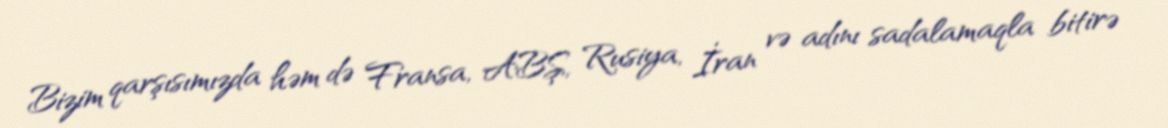
Bizim qarşısımızda həm də Fransa, ABŞ, Rusiya, İran və adını sadalamaqla bitirə